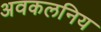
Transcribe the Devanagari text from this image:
अवकलनिय